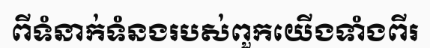
ពីទំនាក់ទំនងរបស់ពួកយើងទាំងពីរ